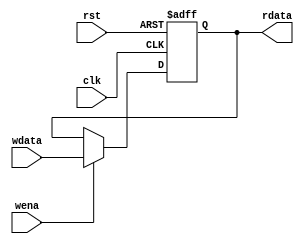
`timescale 1ns / 1ps
//////////////////////////////////////////////////////////////////////////////////
// Company: 
// Engineer: 
// 
// Design Name: 
// Module Name: HI_or_LO
// Project Name: 
// Target Devices: 
// Tool Versions: 
// Description: 
// 
// Dependencies: 
// 
// Revision:
// Revision 0.01 - File Created
// Additional Comments:
// 
//////////////////////////////////////////////////////////////////////////////////


module HI_or_LO(
    input clk,
    input wena,//
    input rst,
    input [31:0]wdata,
    output [31:0]rdata
    );

    reg [31:0]data;

    assign rdata=data;

    always@(posedge clk or posedge rst) begin
        if(rst) begin
            data<=32'b0;
        end
        else if(wena) begin
            data<=wdata;
        end
        else ;
    end

endmodule